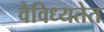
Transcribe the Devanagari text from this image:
वैविध्यतेत